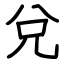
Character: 兌